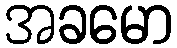
အခမော